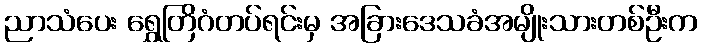
ညာသံပေး ရွှေတြိဂံတပ်ရင်းမှ အခြားဒေသခံအမျိုးသားတစ်ဦးက